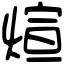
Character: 煊